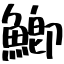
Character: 鯽